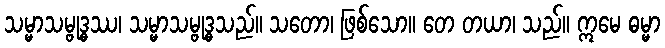
သမ္မာသမ္ဗုဒ္ဓဿ၊ သမ္မာသမ္ဗုဒ္ဓသည်။ သတော၊ ဖြစ်သော။ တေ တယာ၊ သည်။ ဣမေ ဓမ္မာ